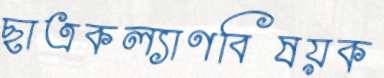
ছাত্রকল্যাণবিষয়ক